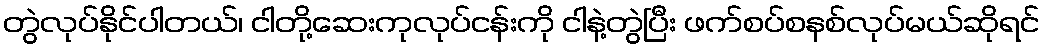
တွဲလုပ်နိုင်ပါတယ်၊ ငါတို့ဆေးကုလုပ်ငန်းကို ငါနဲ့တွဲပြီး ဖက်စပ်စနစ်လုပ်မယ်ဆိုရင်